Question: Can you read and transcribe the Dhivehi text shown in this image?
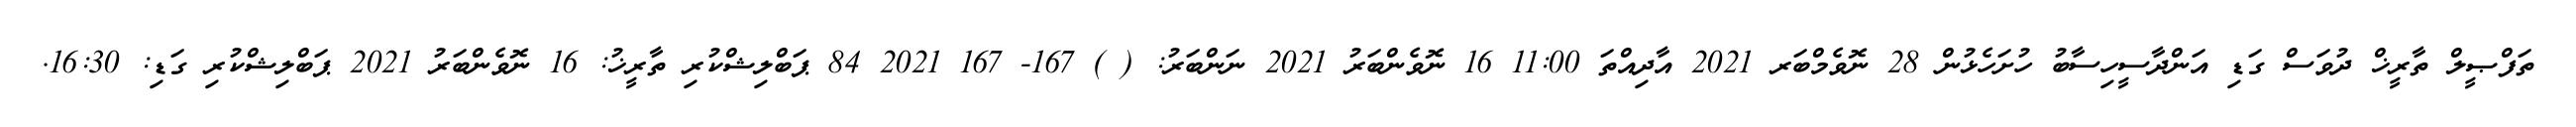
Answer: ތަފްޞީލް ތާރީޚް ދުވަސް ގަޑި އަންދާސީހިސާބު ހުށަހެޅުން 28 ނޮވެމްބަރ 2021 އާދިއްތަ 11:00 16 ނޮވެންބަރު 2021 ނަންބަރު: ( ) 167- 167 2021 84 ޕަބްލިޝްކުރި ތާރީޚު: 16 ނޮވެންބަރު 2021 ޕަބްލިޝްކުރި ގަޑި: 16:30.